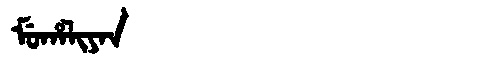
Manchu: ᠮᡠᡥᠠᠯᡳᠶᠠᠨ
Romanization: MUHALIYAN